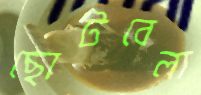
ছোটবেলা